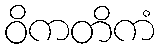
ဝိကတိကံ